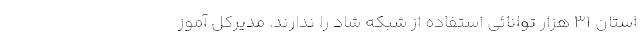
استان 31 هزار توانائی استفاده از شبکه‌ شاد را ندارند. مدیرکل آموز